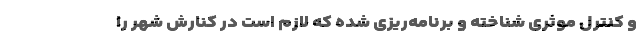
و کنترل موثری شناخته و برنامه‌ریزی شده که لازم است در کنارش شهر را